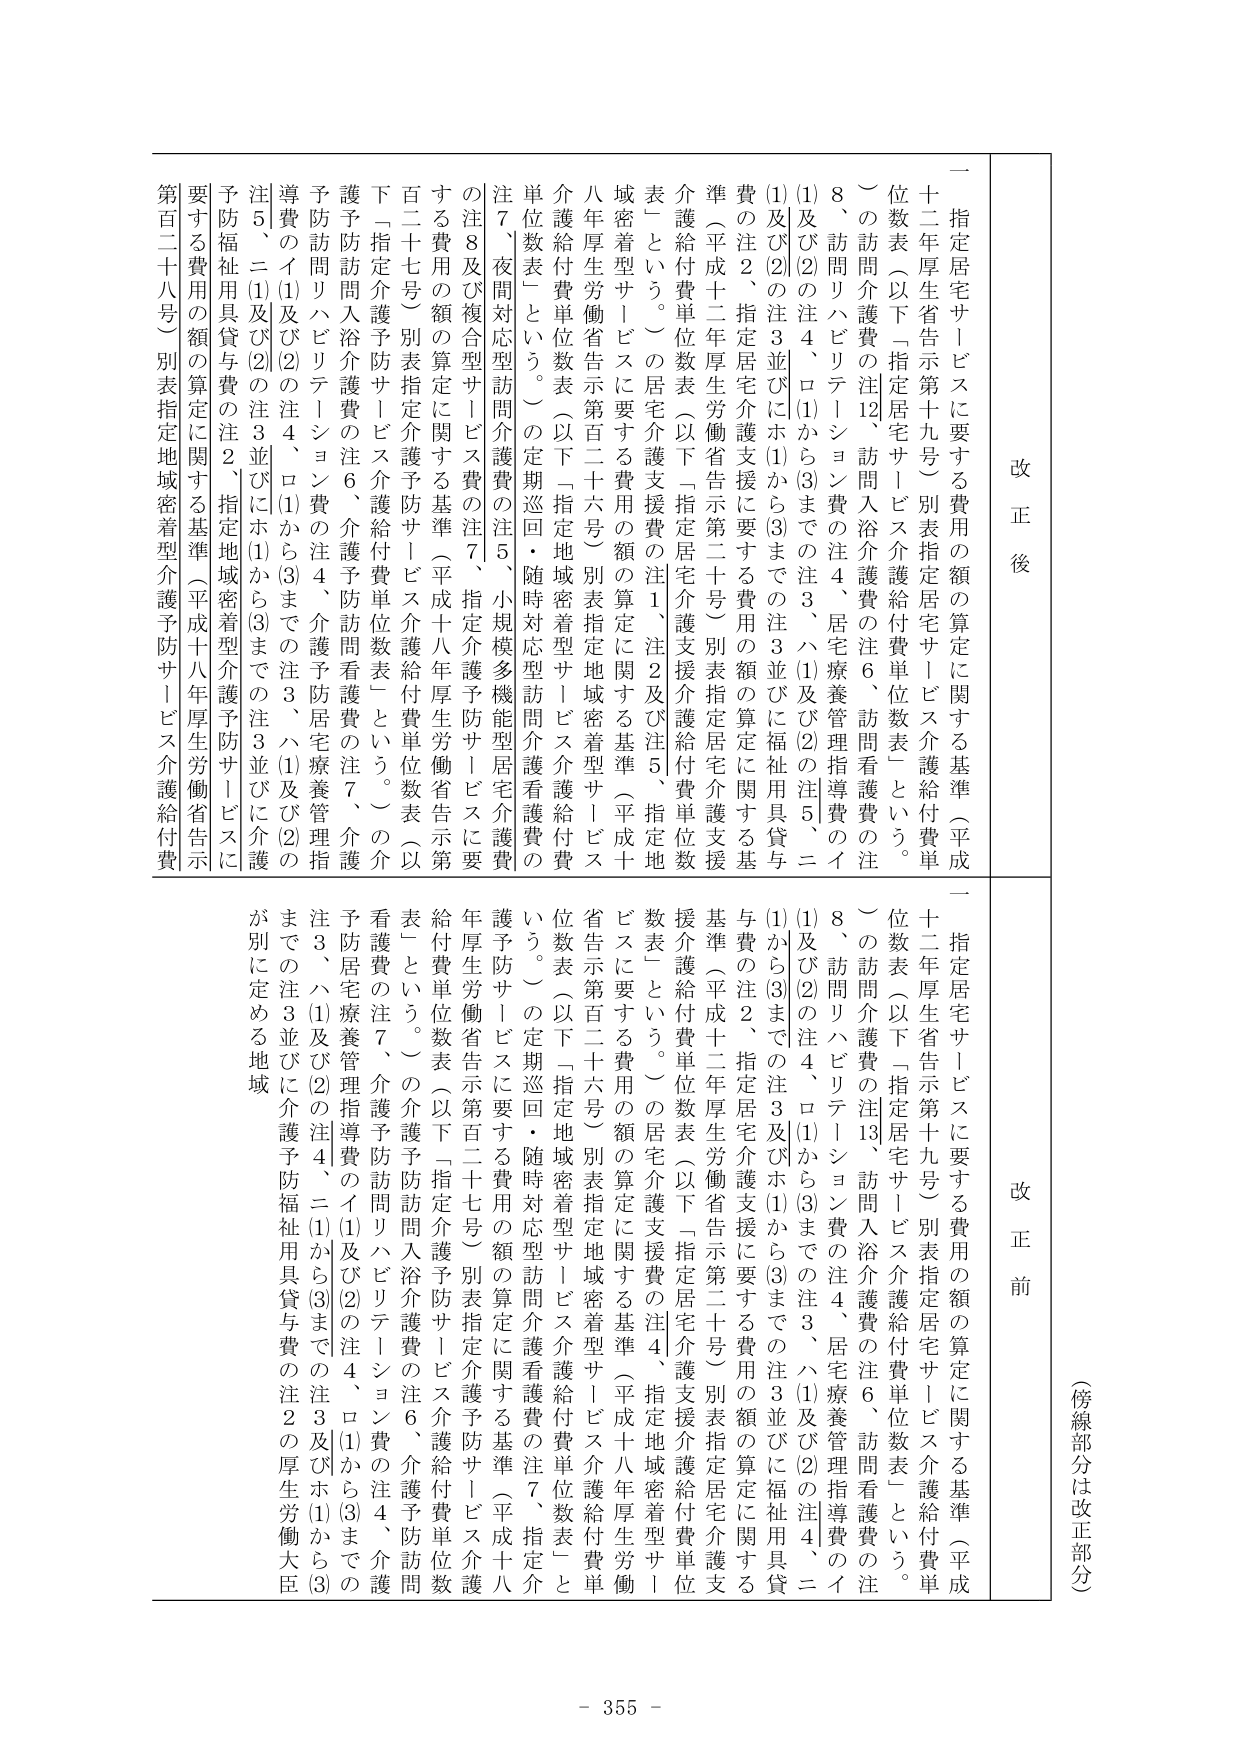
（傍線部分は改正部分）

改正後
一 指定居宅サービスに要する費用の額の算定に関する基準（平成十二年厚生省告示第十九号）別表指定居宅サービス介護給付費単位数表（以下「指定居宅サービス介護給付費単位数表」という。）
（の訪問介護費の注12、訪問入浴介護費の注6、訪問看護費の注8、訪問リハビリテーション費の注4、居宅療養管理指導費の注(1)及び(2)の注4、ロ(1)から(3)までの注3、ハ(1)及び(2)の注5、ニ(1)及び(2)の注3並びにホ(1)から(3)までの注3並びに福祉用具貸与費の注2、指定居宅介護支援に要する費用の額の算定に関する基準（平成十二年厚生労働省告示第二十号）別表指定居宅介護支援介護給付費単位数表（以下「指定居宅介護支援介護給付費単位数表」という。）の住宅介護支援費の注1、注2及び注5、指定地域密着型サービスに要する費用の額の算定に関する基準（平成十八年厚生労働省告示第百二十六号）別表指定地域密着型サービス介護給付費単位数表（以下「指定地域密着型サービス介護給付費単位数表」という。）の定期巡回・随時対応型訪問介護看護費の注7、夜間対応型訪問介護費の注5、小規模多機能型居宅介護費の注8及び複合型サービス費の注7、指定介護予防サービスに要する費用の額の算定に関する基準（平成十八年厚生労働省告示第百二十七号）別表指定介護予防サービス介護給付費単位数表（以下「指定介護予防サービス介護給付費単位数表」という。）の介護予防訪問入浴介護費の注6、介護予防訪問看護費の注7、介護予防訪問リハビリテーション費の注4、介護予防居宅療養管理指導費のイ(1)及び(2)の注4、ロ(1)から(3)までの注3、ハ(1)及び(2)の注5、ニ(1)及び(2)の注3並びにホ(1)から(3)までの注3並びに介護予防福祉用具貸与費の注2、指定地域密着型介護予防サービスに要する費用の額の算定に関する基準（平成十八年厚生労働省告示第百二十八号）別表指定地域密着型介護予防サービス介護給付費

改正前
一 指定居宅サービスに要する費用の額の算定に関する基準（平成十二年厚生省告示第十九号）別表指定居宅サービス介護給付費単位数表（以下「指定居宅サービス介護給付費単位数表」という。）
（の訪問介護費の注13、訪問入浴介護費の注6、訪問看護費の注8、訪問リハビリテーション費の注4、居宅療養管理指導費の注(1)及び(2)の注4、ロ(1)から(3)までの注3、ハ(1)及び(2)の注4、ニ(1)から(3)までの注3及びホ(1)から(3)までの注3並びに福祉用具貸与費の注2、指定居宅介護支援に要する費用の額の算定に関する基準（平成十二年厚生労働省告示第二十号）別表指定居宅介護支援介護給付費単位数表（以下「指定居宅介護支援介護給付費単位数表」という。）の住宅介護支援費の注4、指定地域密着型サービスに要する費用の額の算定に関する基準（平成十八年厚生労働省告示第百二十六号）別表指定地域密着型サービス介護給付費単位数表（以下「指定地域密着型サービス介護給付費単位数表」という。）の定期巡回・随時対応型訪問介護看護費の注7、指定介護予防サービスに要する費用の額の算定に関する基準（平成十八年厚生労働省告示第百二十七号）別表指定介護予防サービス介護給付費単位数表（以下「指定介護予防サービス介護給付費単位数表」という。）の介護予防訪問入浴介護費の注6、介護予防訪問看護費の注7、介護予防訪問リハビリテーション費の注4、介護予防居宅療養管理指導費のイ(1)及び(2)の注4、ロ(1)から(3)までの注3、ハ(1)及び(2)の注3、ニ(1)から(3)までの注3並びに介護予防福祉用具貸与費の注2の厚生労働大臣が別に定める地域

- 355 -